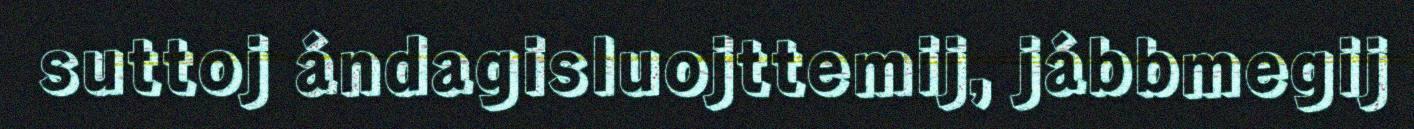
suttoj ándagisluojttemij, jábbmegij